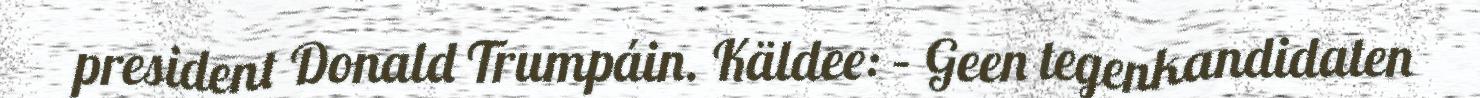
president Donald Trumpáin. Käldee: – Geen tegenkandidaten